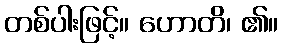
တစ်ပါးဖြင့်။ ဟောတိ၊ ၏။